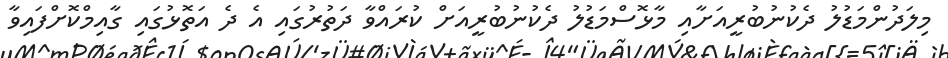
މިލަދުންމަޑުލު ދެކުނުބުރީއަށާއި މާޅޮސްމަޑުލު ދެކުނުބުރީއަށް ކުރައްވާ ދަތުރުގައި އެ ދެ އަތޮޅުގައި ގާއިމްކޮށްފައިވާ